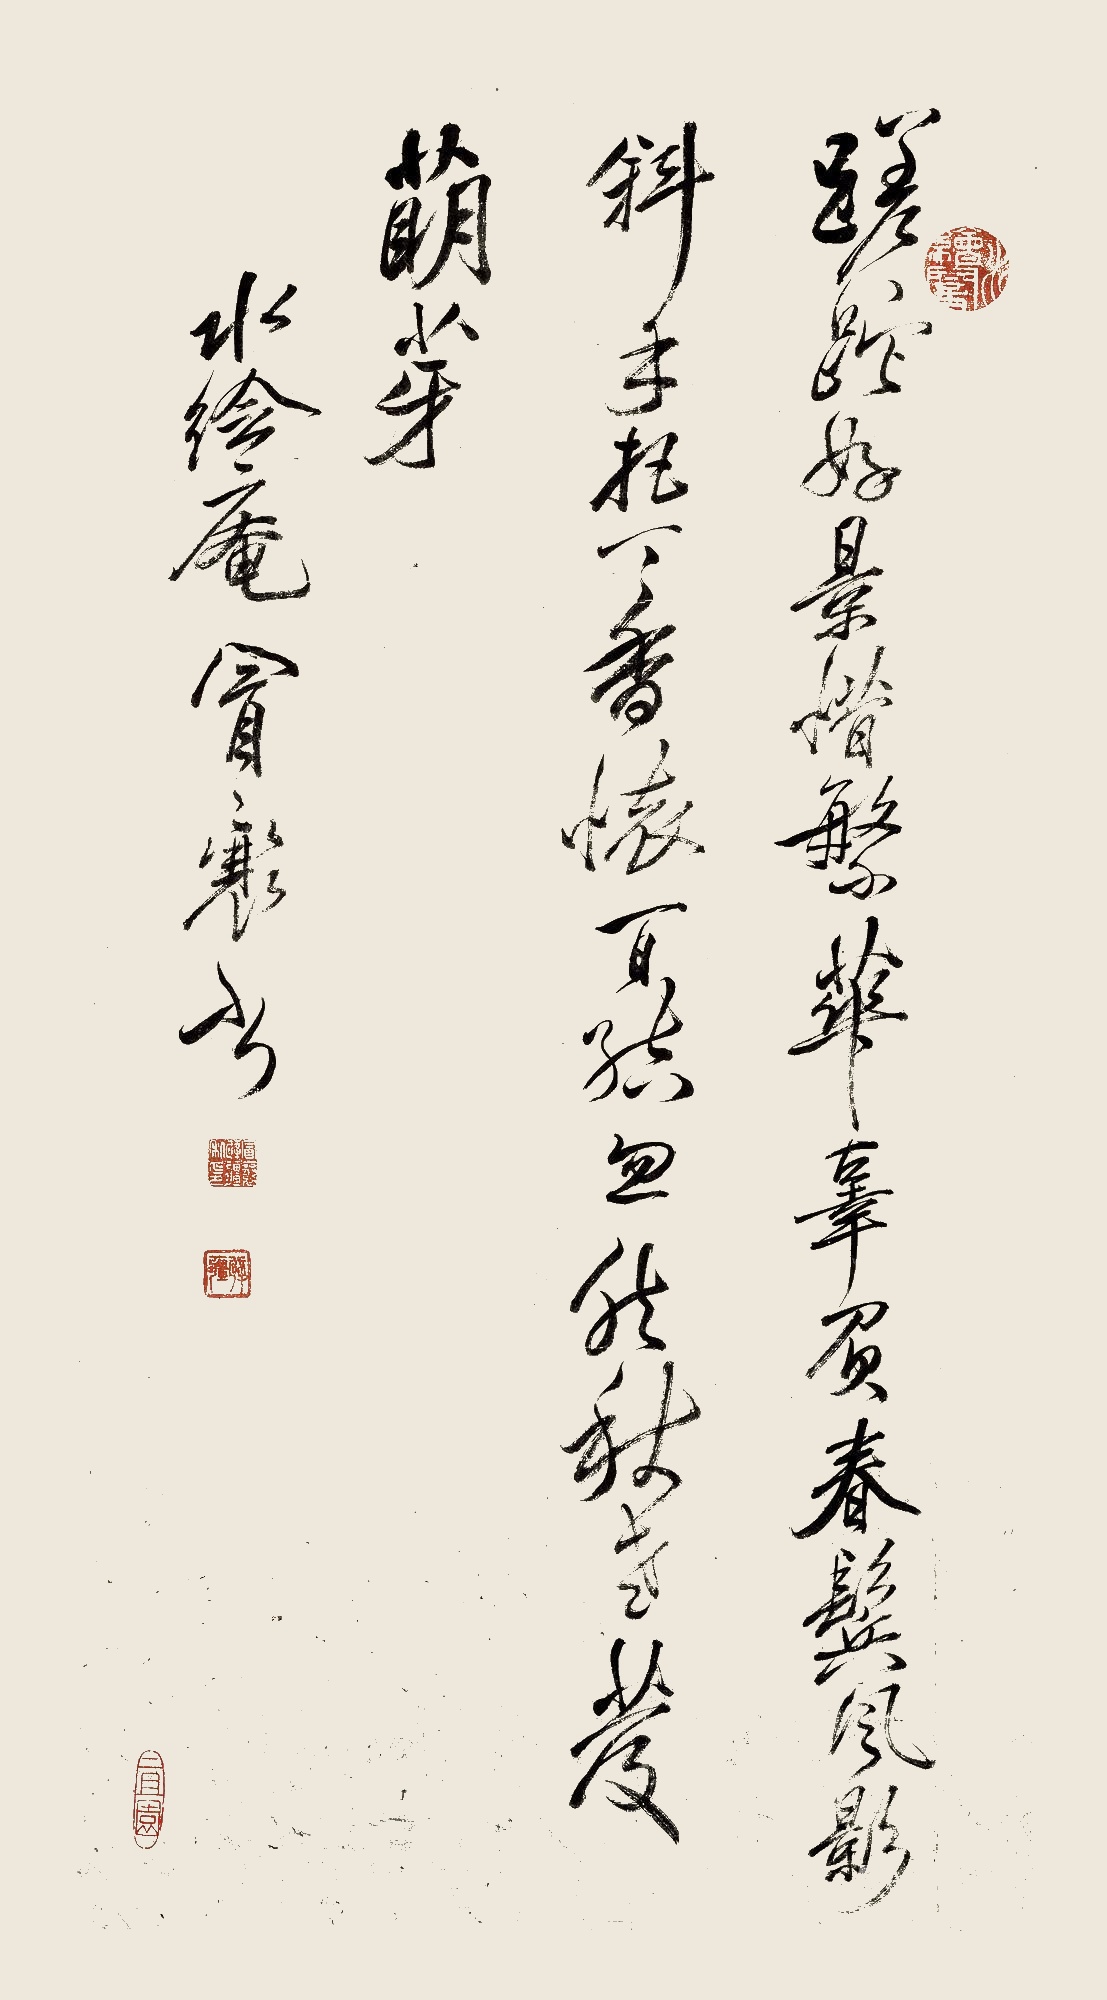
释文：蹉跎好景惜繁华，辜负春鬓风影斜。手把丁香怀百然，忽然秋叶芨萌芽。水绘庵冒襄书。